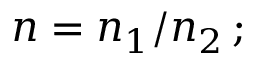
n = n _ { 1 } / n _ { 2 } \, ;